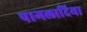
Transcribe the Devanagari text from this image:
पागलादिया